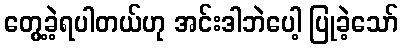
တွေ့ခဲ့ရပါတယ်ဟု အင်းဒါဘဲပေါ့ ပြုခဲ့သော်